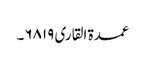
عمدۃ القاری ۶۸۱۹۔